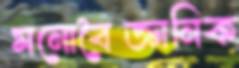
মনোবৈজ্ঞানিক